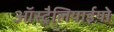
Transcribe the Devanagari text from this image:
ऑस्ट्रैलियाईयो